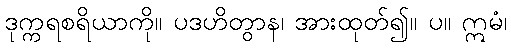
ဒုက္ကရစရိယာကို။ ပဒဟိတွာန၊ အားထုတ်၍။ ပ။ ဣမံ၊